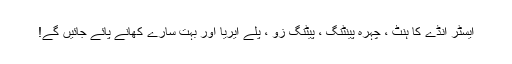
ایسٹر انڈے کا ہنٹ ، چہرہ پینٹنگ ، پیٹنگ زو ، پلے ایریا اور بہت سارے کھانے پائے جائیں گے!